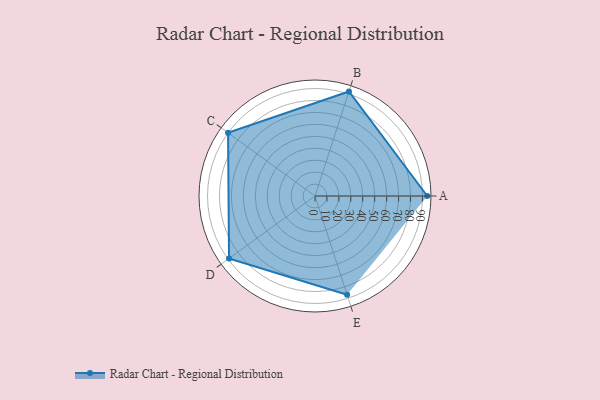
{"axis": {"x": "Skill", "y": "Score"}, "legend": ["Profile"], "data": [{"x": "A", "y": 94.0, "type": "Profile"}, {"x": "B", "y": 92.0, "type": "Profile"}, {"x": "C", "y": 90.0, "type": "Profile"}, {"x": "D", "y": 89.0, "type": "Profile"}, {"x": "E", "y": 87.0, "type": "Profile"}]}